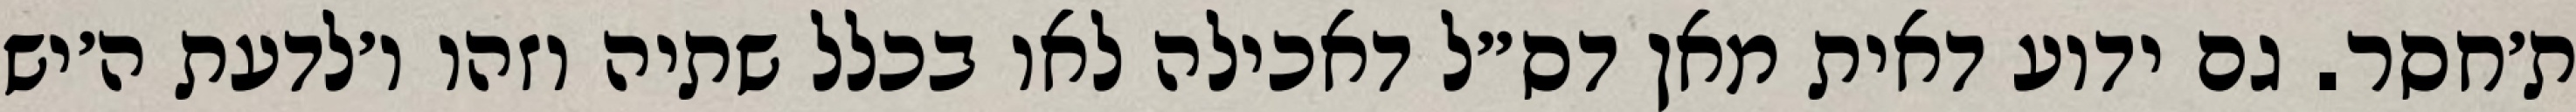
ת׳חסר. גם ידוע דאית מאן דס״ל דאכילה לאו בכלל שתיה וזהו ו׳לדעת ה׳יש